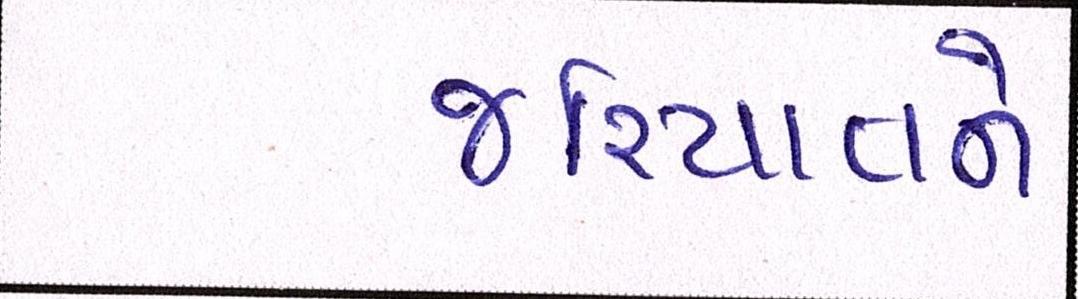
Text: જરિયાતને